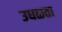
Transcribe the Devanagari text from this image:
उधळता